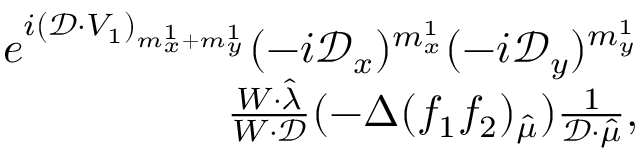
\begin{array} { r } { e ^ { i ( \mathcal { D } \cdot V _ { 1 } ) _ { m _ { x } ^ { 1 } + m _ { y } ^ { 1 } } } ( - i \mathcal { D } _ { x } ) ^ { m _ { x } ^ { 1 } } ( - i \mathcal { D } _ { y } ) ^ { m _ { y } ^ { 1 } } } \\ { \frac { W \cdot \hat { \lambda } } { W \cdot \mathcal { D } } ( - \Delta ( f _ { 1 } f _ { 2 } ) _ { \hat { \mu } } ) \frac { 1 } { \mathcal { D } \cdot \hat { \mu } } , } \end{array}